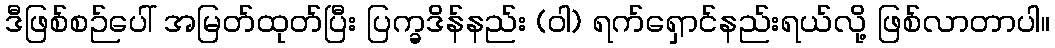
ဒီဖြစ်စဉ်ပေါ် အမြတ်ထုတ်ပြီး ပြက္ခဒိန်နည်း (ဝါ) ရက်ရှောင်နည်းရယ်လို့ ဖြစ်လာတာပါ။